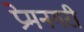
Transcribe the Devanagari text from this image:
प्रेमनगरी